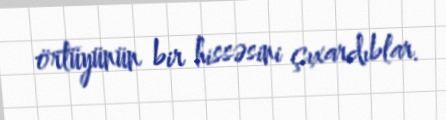
örtüyünün bir hissəsini çıxardıblar.